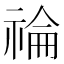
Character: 𥚗